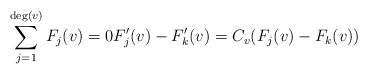
LaTeX: \begin{align*} \sum_{j = 1}^{\deg (v)} F_j (v) = 0 F_j' (v) - F_k' (v) = C_v (F_j (v) - F_k (v))\end{align*}